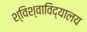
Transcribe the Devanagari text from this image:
श्विश्वाविद्यालय